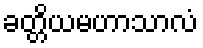
ခတ္တိယမဟာသာလံ